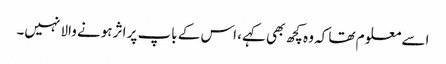
اسے معلو م تھا کہ وہ کچھ بھی کہے، اس کے باپ پر اثر ہونے والا نہیں۔